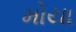
મોયા